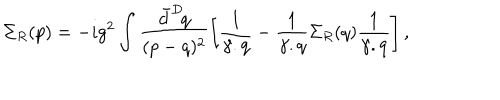
\Sigma _ { R } ( p ) = - i g ^ { 2 } \int \frac { \bar { d } ^ { D } \! q } { ( p - q ) ^ { 2 } } \left[ \frac { 1 } { \gamma . q } - \frac { 1 } { \gamma . q } \Sigma _ { R } ( q ) \frac { 1 } { \gamma . q } \right] ,